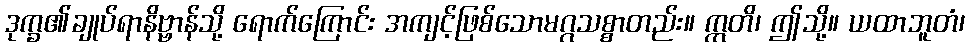
ဒုက္ခ၏ချုပ်ရာနိဗ္ဗာန်သို့ ရောက်ကြောင်း အကျင့်ဖြစ်သောမဂ္ဂသစ္စာတည်း။ ဣတိ၊ ဤသို့။ ယထာဘူတံ၊